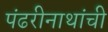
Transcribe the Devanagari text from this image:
पंढरीनाथांची